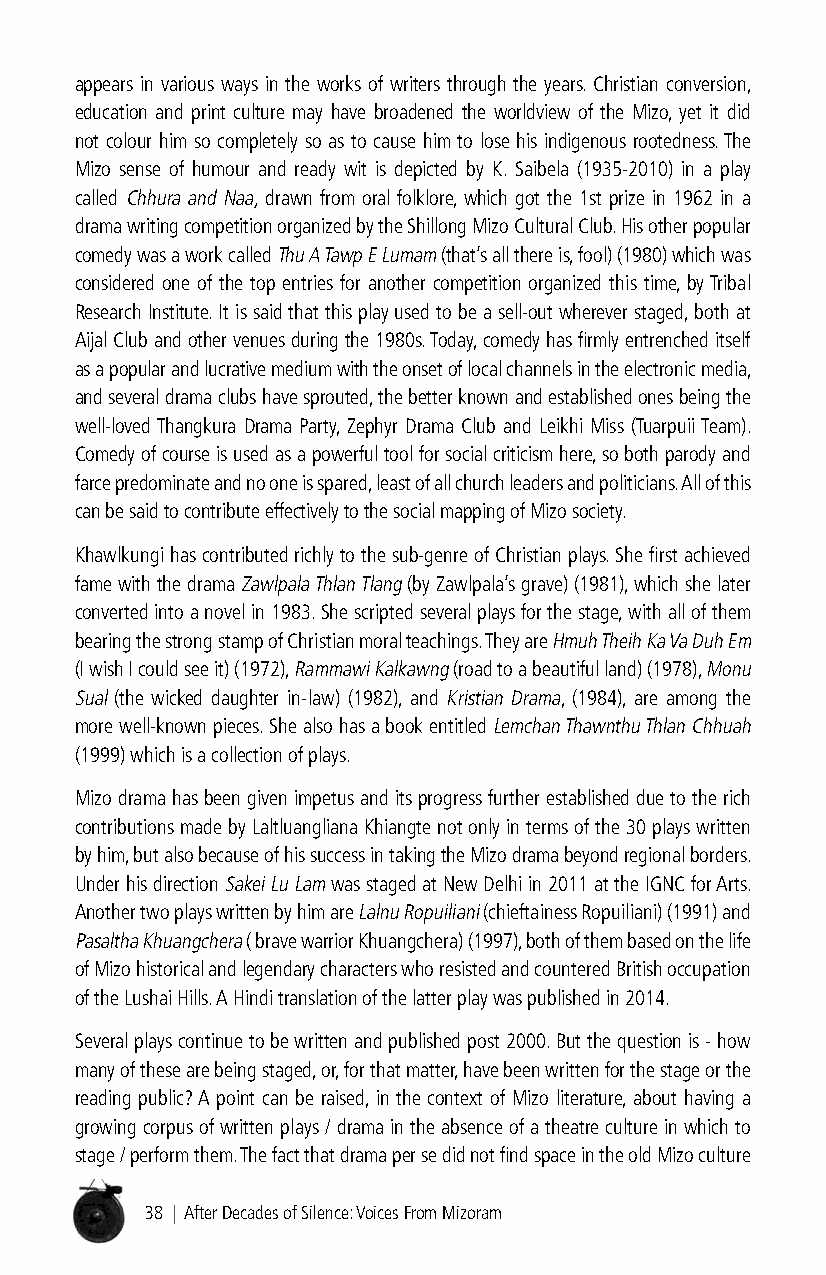
appears in various ways in the works of writers through the years. Christian conversion,
 education and print culture may have broadened the worldview of the Mizo, yet it did
 not colour him so completely so as to cause him to lose his indigenous rootedness. The
 Mizo sense of humour and ready wit is depicted by K. Saibela (1935-2010) in a play
 called Chhura and Naa, drawn from oral folklore, which got the 1st prize in 1962 in a
 drama writing competition organized by the Shillong Mizo Cultural Club. His other popular
 comedy was a work called Thu A Tawp E Lumam (that’s all there is, fool) (1980) which was
 considered one of the top entries for another competition organized this time, by Tribal
 Research Institute. It is said that this play used to be a sell-out wherever staged, both at
 Aijal Club and other venues during the 1980s. Today, comedy has firmly entrenched itself
 as a popular and lucrative medium with the onset of local channels in the electronic media,
 and several drama clubs have sprouted, the better known and established ones being the
 well-loved Thangkura Drama Party, Zephyr Drama Club and Leikhi Miss (Tuarpuii Team).
 Comedy of course is used as a powerful tool for social criticism here, so both parody and
 farce predominate and no one is spared, least of all church leaders and politicians. All of this
 can be said to contribute effectively to the social mapping of Mizo society.
 Khawlkungi has contributed richly to the sub-genre of Christian plays. She first achieved
 fame with the drama Zawlpala Thlan Tlang (by Zawlpala’s grave) (1981), which she later
 converted into a novel in 1983. She scripted several plays for the stage, with all of them
 bearing the strong stamp of Christian moral teachings. They are Hmuh Theih Ka Va Duh Em
 (I wish I could see it) (1972), Rammawi Kalkawng (road to a beautiful land) (1978), Monu
 Sual (the wicked daughter in-law) (1982), and Kristian Drama, (1984), are among the
 more well-known pieces. She also has a book entitled Lemchan Thawnthu Thlan Chhuah
 (1999) which is a collection of plays.
 Mizo drama has been given impetus and its progress further established due to the rich
 contributions made by Laltluangliana Khiangte not only in terms of the 30 plays written
 by him, but also because of his success in taking the Mizo drama beyond regional borders.
 Under his direction Sakei Lu Lam was staged at New Delhi in 2011 at the IGNC for Arts.
 Another two plays written by him are Lalnu Ropuiliani (chieftainess Ropuiliani) (1991) and
 Pasaltha Khuangchera ( brave warrior Khuangchera) (1997), both of them based on the life
 of Mizo historical and legendary characters who resisted and countered British occupation
 of the Lushai Hills. A Hindi translation of the latter play was published in 2014.
 Several plays continue to be written and published post 2000. But the question is - how
 many of these are being staged, or, for that matter, have been written for the stage or the
 reading public? A point can be raised, in the context of Mizo literature, about having a
 growing corpus of written plays / drama in the absence of a theatre culture in which to
 stage / perform them. The fact that drama per se did not find space in the old Mizo culture
 38 | After Decades of Silence: Voices From Mizoram